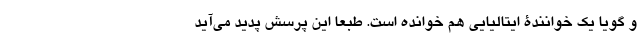
و گویا یک خوانندۀ ایتالیایی هم خوانده است. طبعا این پرسش پدید می‌آید